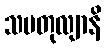
သမတုလျာနိ